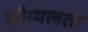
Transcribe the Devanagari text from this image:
सौम्‍यलता